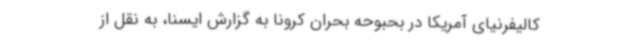
کالیفرنیای آمریکا در بحبوحه بحران کرونا به گزارش ایسنا، به نقل از